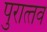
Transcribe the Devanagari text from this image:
पुरात्‍तव